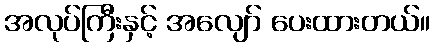
အလုပ်ကြီးနှင့် အလျော် ပေးထားတယ်။